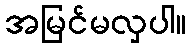
အမြင်မလှပါ။